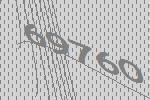
69760